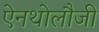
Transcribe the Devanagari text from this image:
ऐनथोलौजी